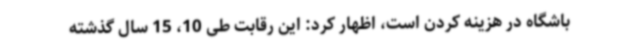
باشگاه در هزینه کردن است، اظهار کرد: این رقابت طی 10، 15 سال گذشته